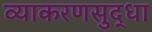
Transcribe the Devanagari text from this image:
व्याकरणसुद्धा